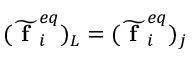
( \widetilde { \textbf { f } } _ { i } ^ { e q } ) _ { L } = ( \widetilde { \textbf { f } } _ { i } ^ { e q } ) _ { j }